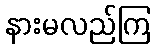
နားမလည်ကြ